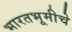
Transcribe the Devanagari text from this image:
भारतभूमीचे